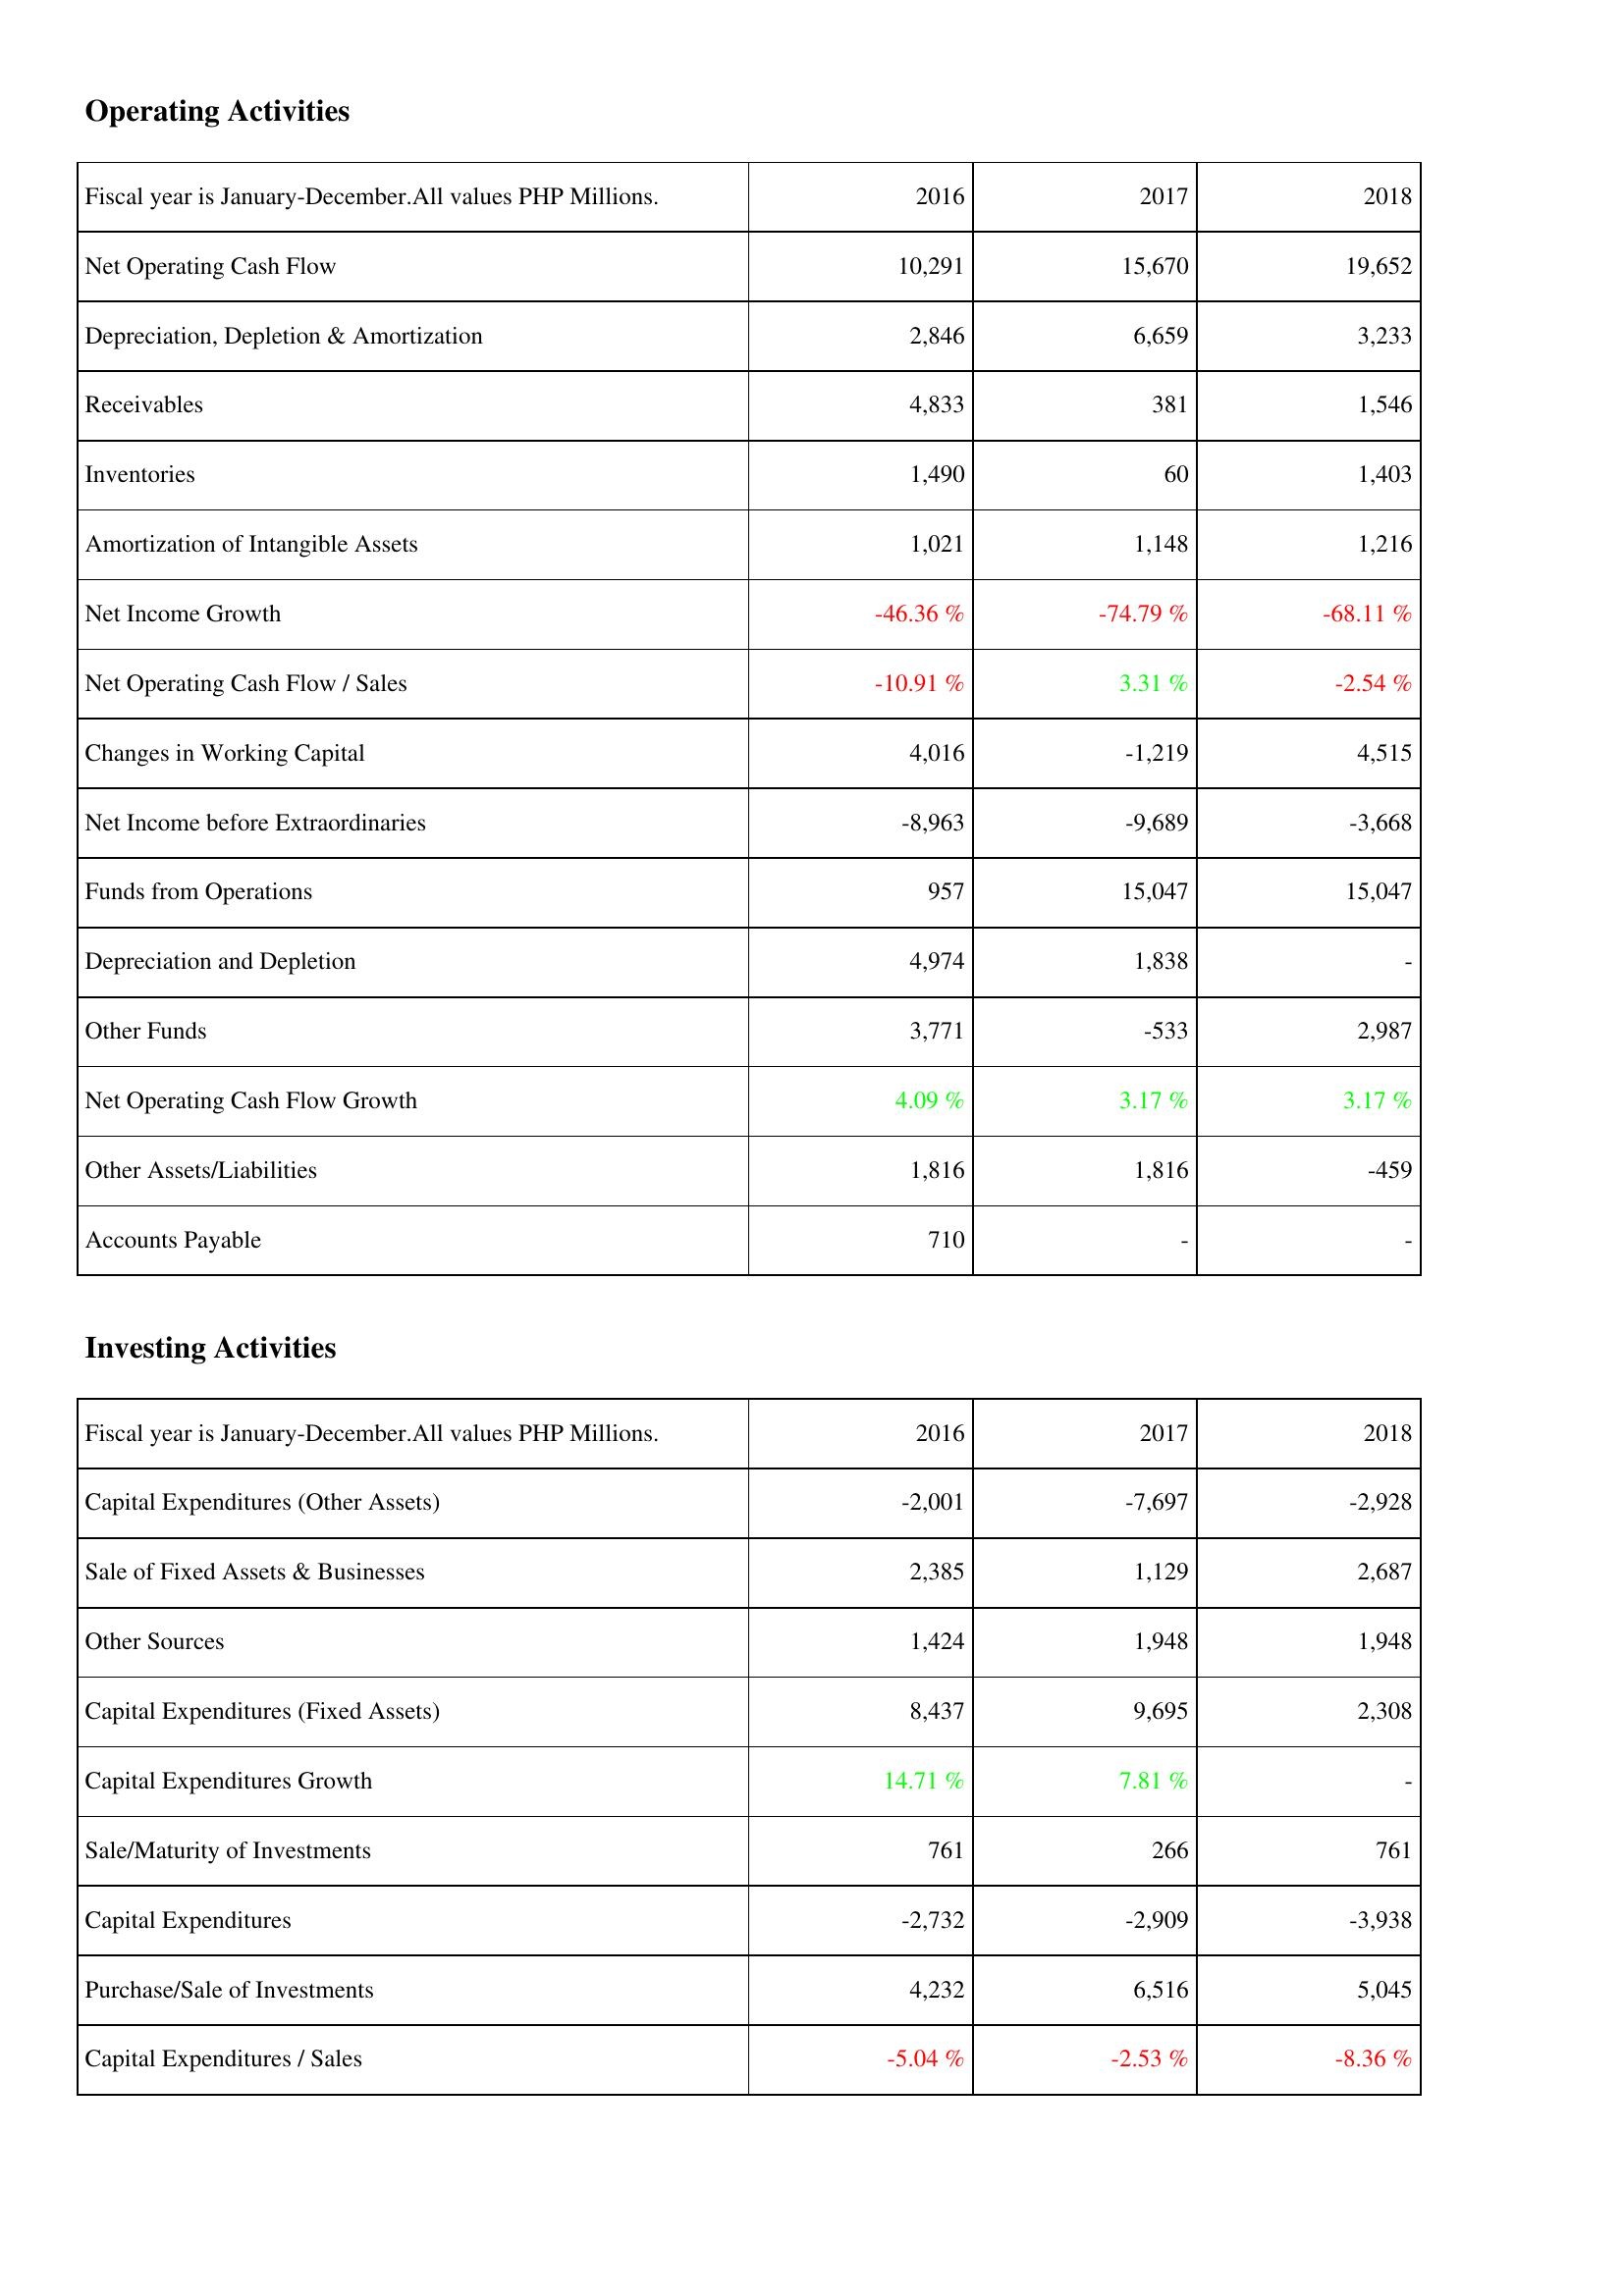
2016: Operating Activities: Net Operating Cash Flow: 10,291
Depreciation, Depletion & Amortization: 2,846
Receivables: 4,833
Inventories: 1,490
Amortization of Intangible Assets: 1,021
Net Income Growth: -46.36 %
Net Operating Cash Flow / Sales: -10.91 %
Changes in Working Capital: 4,016
Net Income before Extraordinaries: -8,963
Funds from Operations: 957
Depreciation and Depletion: 4,974
Other Funds: 3,771
Net Operating Cash Flow Growth: 4.09 %
Other Assets/Liabilities: 1,816
Accounts Payable: 710
Investing Activities: Capital Expenditures (Other Assets): -2,001
Sale of Fixed Assets & Businesses: 2,385
Other Sources: 1,424
Capital Expenditures (Fixed Assets): 8,437
Capital Expenditures Growth: 14.71 %
Sale/Maturity of Investments: 761
Capital Expenditures: -2,732
Purchase/Sale of Investments: 4,232
Capital Expenditures / Sales: -5.04 %
2017: Operating Activities: Net Operating Cash Flow: 15,670
Depreciation, Depletion & Amortization: 6,659
Receivables: 381
Inventories: 60
Amortization of Intangible Assets: 1,148
Net Income Growth: -74.79 %
Net Operating Cash Flow / Sales: 3.31 %
Changes in Working Capital: -1,219
Net Income before Extraordinaries: -9,689
Funds from Operations: 15,047
Depreciation and Depletion: 1,838
Other Funds: -533
Net Operating Cash Flow Growth: 3.17 %
Other Assets/Liabilities: 1,816
Accounts Payable: -
Investing Activities: Capital Expenditures (Other Assets): -7,697
Sale of Fixed Assets & Businesses: 1,129
Other Sources: 1,948
Capital Expenditures (Fixed Assets): 9,695
Capital Expenditures Growth: 7.81 %
Sale/Maturity of Investments: 266
Capital Expenditures: -2,909
Purchase/Sale of Investments: 6,516
Capital Expenditures / Sales: -2.53 %
2018: Operating Activities: Net Operating Cash Flow: 19,652
Depreciation, Depletion & Amortization: 3,233
Receivables: 1,546
Inventories: 1,403
Amortization of Intangible Assets: 1,216
Net Income Growth: -68.11 %
Net Operating Cash Flow / Sales: -2.54 %
Changes in Working Capital: 4,515
Net Income before Extraordinaries: -3,668
Funds from Operations: 15,047
Depreciation and Depletion: -
Other Funds: 2,987
Net Operating Cash Flow Growth: 3.17 %
Other Assets/Liabilities: -459
Accounts Payable: -
Investing Activities: Capital Expenditures (Other Assets): -2,928
Sale of Fixed Assets & Businesses: 2,687
Other Sources: 1,948
Capital Expenditures (Fixed Assets): 2,308
Capital Expenditures Growth: -
Sale/Maturity of Investments: 761
Capital Expenditures: -3,938
Purchase/Sale of Investments: 5,045
Capital Expenditures / Sales: -8.36 %